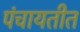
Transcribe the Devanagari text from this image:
पंचायतीत